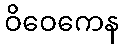
ဝိဝေကေန